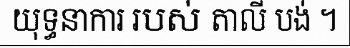
យុទ្ធនាការ របស់ តាលី បង់ ។